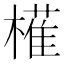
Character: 𭬈